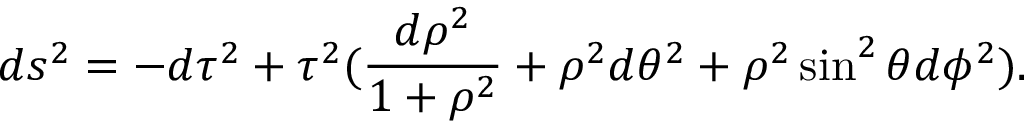
d s ^ { 2 } = - d \tau ^ { 2 } + \tau ^ { 2 } ( \frac { d \rho ^ { 2 } } { 1 + \rho ^ { 2 } } + \rho ^ { 2 } d \theta ^ { 2 } + \rho ^ { 2 } \sin ^ { 2 } \theta d \phi ^ { 2 } ) .